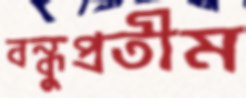
বন্ধুপ্রতীম